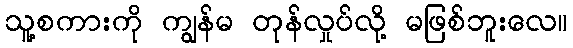
သူ့စကားကို ကျွန်မ တုန်လှုပ်လို့ မဖြစ်ဘူးလေ။